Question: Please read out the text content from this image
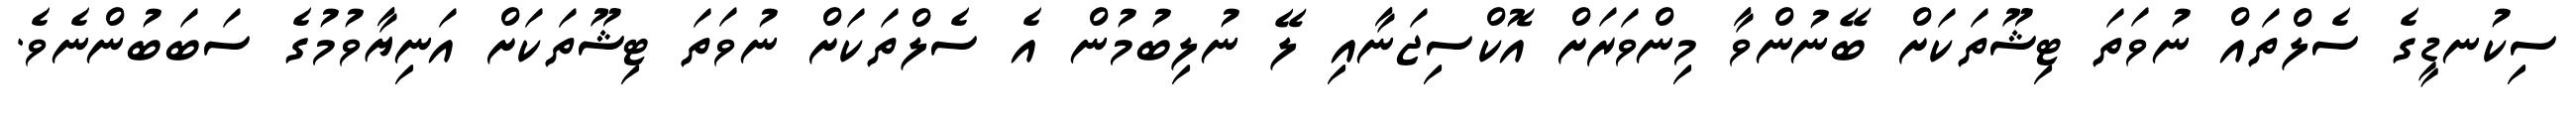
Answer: ސިކުނޑީގެ ސެލްތައް ނުވަތަ ޓިޝޫތަކަށް ބޭނުންވާ މިންވަރަށް އޮކްސިޖަނާއި ލޭ ނުލިބުމުން އެ ސެލްތަކަށް ނުވަތަ ޓިޝޫތަކަށް އަނިޔާވުމުގެ ސަބަބުންނެވެ.